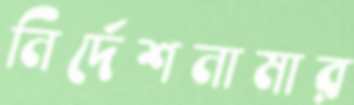
নির্দেশনামার